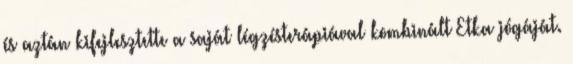
és aztán kifejlesztette a saját légzésterápiával kombinált Etka jógáját.